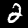
Digit: 2